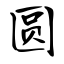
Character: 圆